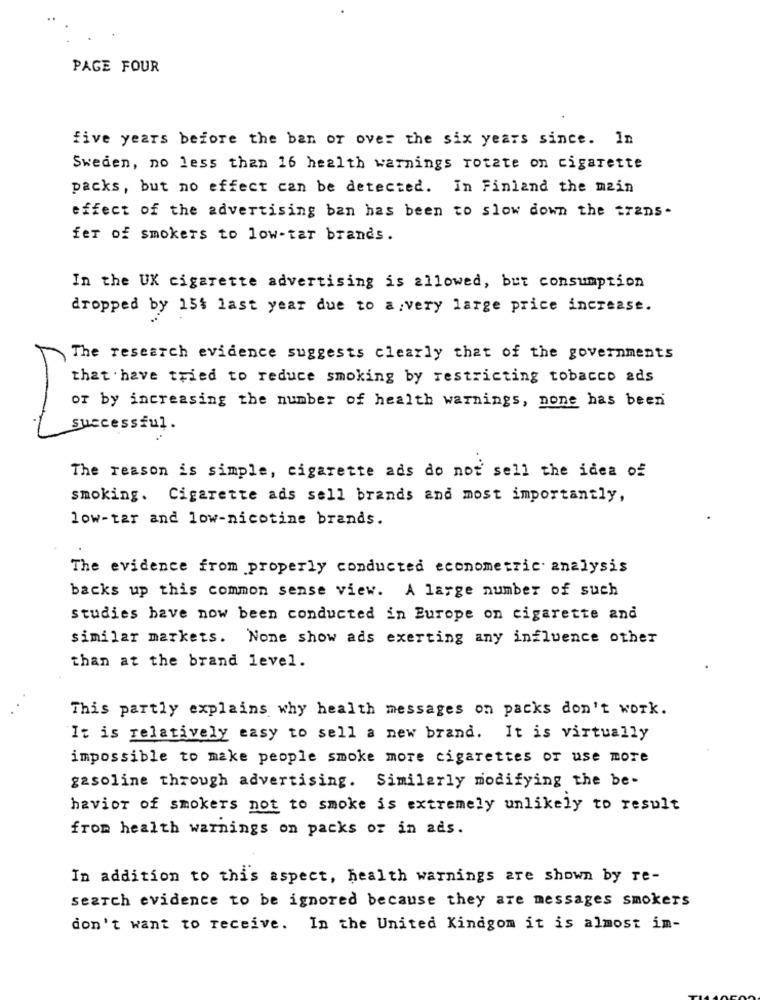
PAGE FOUR
five years before the ban or over the six years since. In
Sweden, no less than 16 health warnings rotate on cigarette
packs, but no effect can be detected. In Finland the main
effect of the advertising ban has been to slow down the trans-
fer of smokers to low-tar brands.
In the UX cigarette advertising is allowed, but consumption
dropped by 15% last year due to a very large price increase.
The research evidence suggests clearly that of the governments
that have tried to reduce smoking by restricting tobacco ads
or by increasing the number of health warnings, none has been
successful.
The reason is simple, cigarette ads do not sell the idea of
smoking. Cigarette ads sell brands and most importantly,
low-tar and low-nicotine brands.
The evidence from properly conducted econometric. analysis
backs up this common sense view. A large number of such
studies have now been conducted in Europe on cigarette and
similar markets. None show ads exerting any influence other
than at the brand level.
This partly explains why health messages on packs don't work.
It is relatively easy to sell a new brand. It is virtually
impossible to make people smoke more cigarettes or use more
gasoline through advertising. Similarly modifying the be-
havior of smokers not to smoke is extremely unlikely to result
from health warnings on packs or in ads.
In addition to this aspect, health warnings are shown by re-
search evidence to be ignored because they are messages smokers
don't want to receive. In the United Kindgom it is almost im-